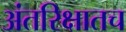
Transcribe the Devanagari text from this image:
अंतरिक्षातच